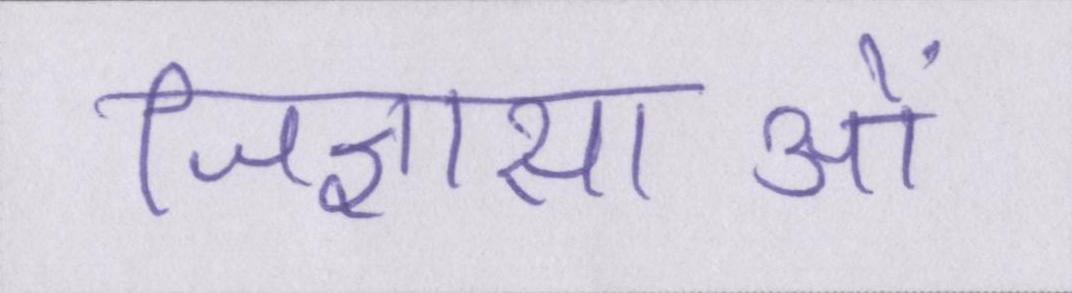
जिज्ञासाओं